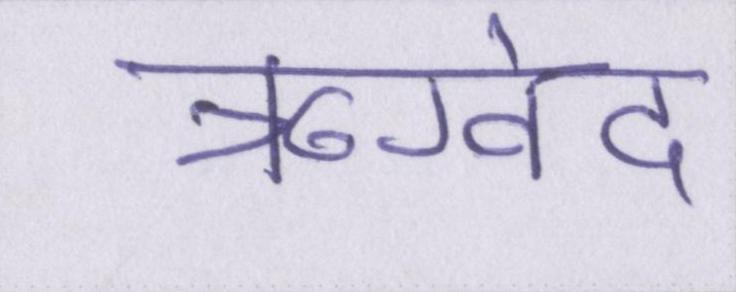
ऋग्वेद